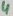
Text: 4